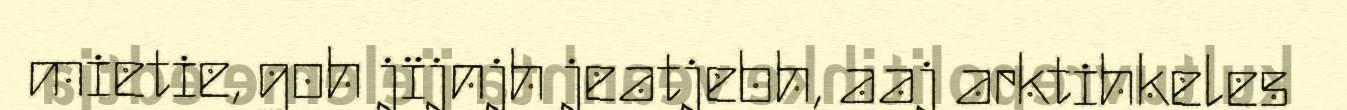
mietie, goh jïjnjh jeatjebh, aaj arktihkeles